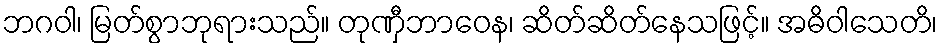
ဘဂဝါ၊ မြတ်စွာဘုရားသည်။ တုဏှီဘာဝေန၊ ဆိတ်ဆိတ်နေသဖြင့်။ အဓိဝါသေတိ၊